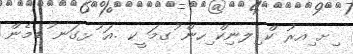
ިށ ިއރު ކް ިލނިކް ިހން ުގމަ ީކ .އަ ުޅގަނ ުޑމެން